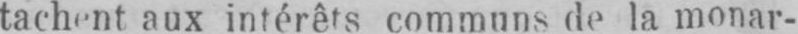
tachant aux intérêts communs de la monar-